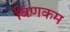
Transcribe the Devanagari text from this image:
विणकम